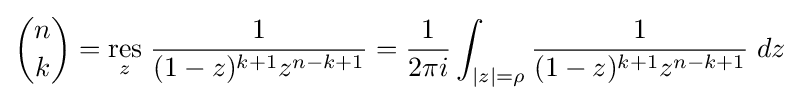
{n \choose k}={\underset {z}{\mathrm {res} }}\;{\frac {1}{(1-z)^{k+1}z^{n-k+1}}}={\frac {1}{2\pi i}}\int _{|z|=\rho }{\frac {1}{(1-z)^{k+1}z^{n-k+1}}}\;dz